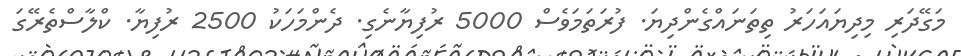
މަގޭދަރި މިދިޔައަހަރު ތިތަނައްގެންދިޔަ. ފުރަތަމަވެސް 5000 ރުފިޔާނެގި. ދެންމަހަކު 2500 ރުފިޔާ. ކްލާސްތެރޭގަ